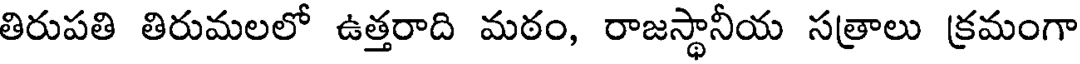
తిరుపతి తిరుమలలో ఉత్తరాది మఠం, రాజస్థానీయ సత్రాలు క్రమంగా